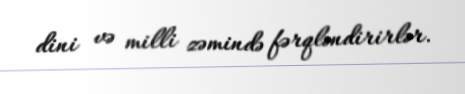
dini və milli zəmində fərqləndirirlər.